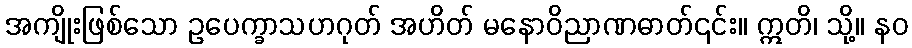
အကျိုးဖြစ်သော ဥပေက္ခာသဟဂုတ် အဟိတ် မနောဝိညာဏဓာတ်၎င်း။ ဣတိ၊ သို့။ နဝ